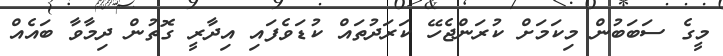
މީގެ ސަބަބުން މިކަމަށް ކުރަންޖެހޭ ކަރަދުތައް ކުޑަވެފައި އިދާރީ ގޮތުން ދިމާވާ ބައެއް